Annual report of the Bengal Veterinary College and of the Civil Veterinary Department, Bengal, for the year 1908-1909 - 1908-1909
Year: 1908
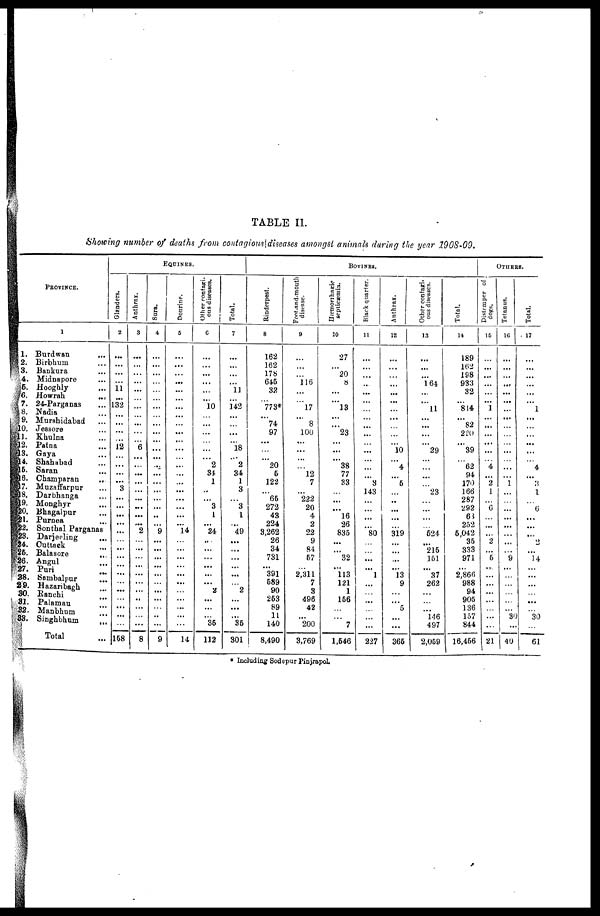
TABLE II.
Showing number of deaths from contagious|diseases amongst animals during the year 1908-09.
PROVINCE.
1
1. Burdwan ...
2. Birbhum ...
3. Bankura ...
4. Midnapore ...
5. Hooghly ...
6.
Howrah
...
7. 24-Parganas ...
8. Nadia ...
9. Murshidabad ...
10. Jessore ...
11. Khulna ...
12. Patna ...
13. Gaya ...
14. Shahabad ...
16. Saran ...
16. Champaran
...
17. Muzaffarpur ...
18. Darbhanga ...
19. Monghyr ...
20. Bhagalpur ...
21. Purnea ...
22. Sonthal Parganas
23. Darjeeling ...
24. Cuttack ...
26. Balasore
...
26. Angul ...
27. Puri ...
28. Sambalpur
...
29. Hazaribagh ...
30.
Ranchi
...
31. Palamau ...
32. Manbhum
...
33. Singhbhum
...
Total ...
EQUINES.
Glanders.
2
...
...
...
...
11
...
132
...
...
...
...
12
...
...
...
...
3
...
...
...
...
...
...
...
...
...
...
...
...
...
...
...
...
158
Anthrax.
3
...
...
...
...
...
...
...
...
...
...
...
6
...
...
...
...
...
...
...
...
...
2
...
...
...
...
...
...
...
...
...
...
...
8
Sura.
4
...
...
...
...
...
...
...
...
...
...
...
...
...
...
...
...
...
...
...
...
...
9
...
...
...
...
...
...
...
...
...
...
...
9
Dourine.
5
...
...
...
...
...
...
...
...
...
...
...
...
...
...
...
...
...
...
...
...
...
14
...
...
...
...
...
...
...
...
...
...
...
14
Other contagi-
ous diseases.
6
...
...
...
...
...
...
10
...
...
...
...
...
...
2
34
1
..
...
3
1
...
24
...
...
...
...
...
...
2
...
...
...
35
112
Total.
7
...
...
...
...
11
...
142
...
...
...
...
18
...
2
34
1
3
...
3
1
...
49
...
...
...
...
...
...
2
...
...
...
35
301
BOVINES.
Rinderpest.
8
162
162
178
645
32
...
773
...
74
97
...
...
...
20
6
122
...
65
272
43
224
3,262
26
34
731
...
391
589
90
253
89
11
140
8,490
Foot-and-mouth
disease.
9
...
...
...
116
...
...
17
...
8
100
...
...
...
...
12
7
...
222
20
4
2
22
9
84
67
...
2,311
7
3
496
42
...
200
3,769
Hæmorrhneic
septicæmia.
10
27
...
20
8
...
...
13
...
...
23
...
...
...
38
77
33
...
...
...
16
26
835
...
...
32
...
113
121
1
156
...
...
7
1,546
Black quarter.
11
...
...
...
...
...
...
...
...
...
...
...
...
...
...
...
3
143
...
...
...
...
80
...
...
...
...
1
...
...
...
...
...
...
227
Anthrax.
12
...
...
...
...
...
...
...
...
...
...
...
10
...
4
...
5
...
...
...
...
...
319
...
...
...
...
13
9
...
...
5
...
...
365
Other contagi-
ous diseases.
13
...
...
...
164
...
...
11
...
...
...
...
29
...
...
...
...
23
...
...
...
...
524
...
215
151
...
37
262
...
...
...
146
497
2,059
Total.
14
189
162
198
933
32
...
814
...
82
220
...
39
...
62
94
170
166
287
292
63
252
5,042
35
333
971
...
2,866
988
94
905
136
157
844
16,456
OTHERS.
Distemper of
dogs,
15
...
...
...
...
...
...
1
...
...
...
...
...
...
4
...
2
1
...
6
...
...
...
2
...
5
...
...
...
...
...
...
...
...
21
Tetanus.
16
...
...
...
...
...
...
...
...
...
...
...
...
...
...
...
1
...
...
...
...
...
...
...
...
9
...
...
...
...
...
...
30
...
40
Total.
17
...
...
...
...
...
...
1
...
...
...
...
...
...
4
...
3
1
...
6
...
...
...
2
...
14
...
...
...
...
...
...
30
...
61
* Including Sodepur Pinjrapol.